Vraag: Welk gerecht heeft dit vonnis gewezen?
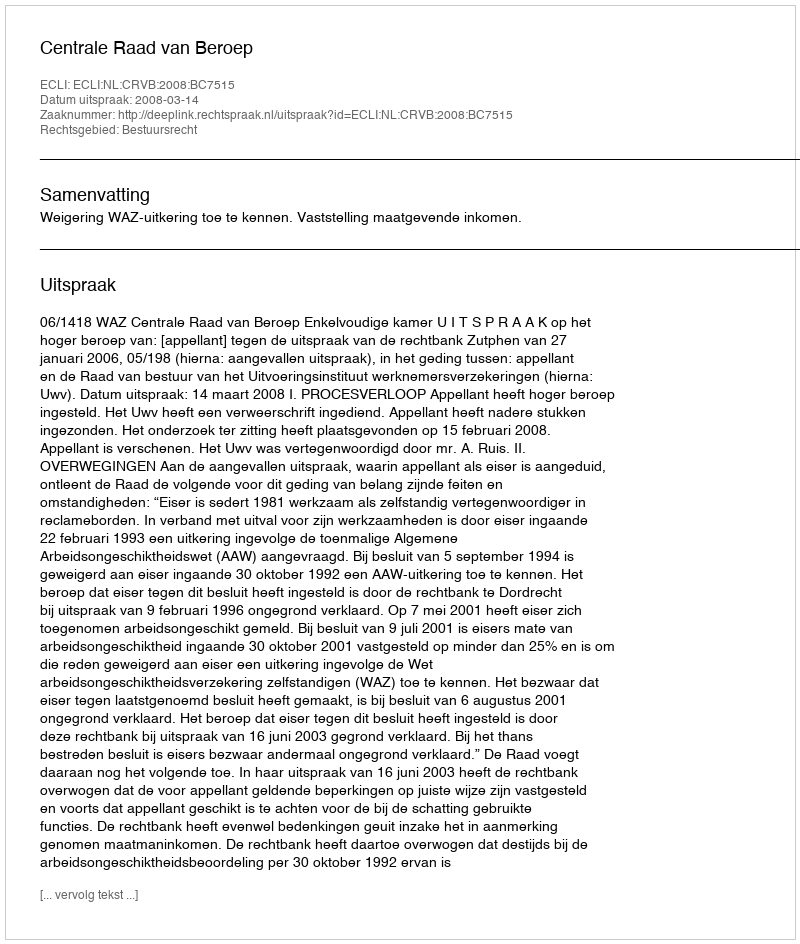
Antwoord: Centrale Raad van Beroep